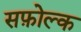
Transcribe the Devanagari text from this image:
सफ़ोल्क